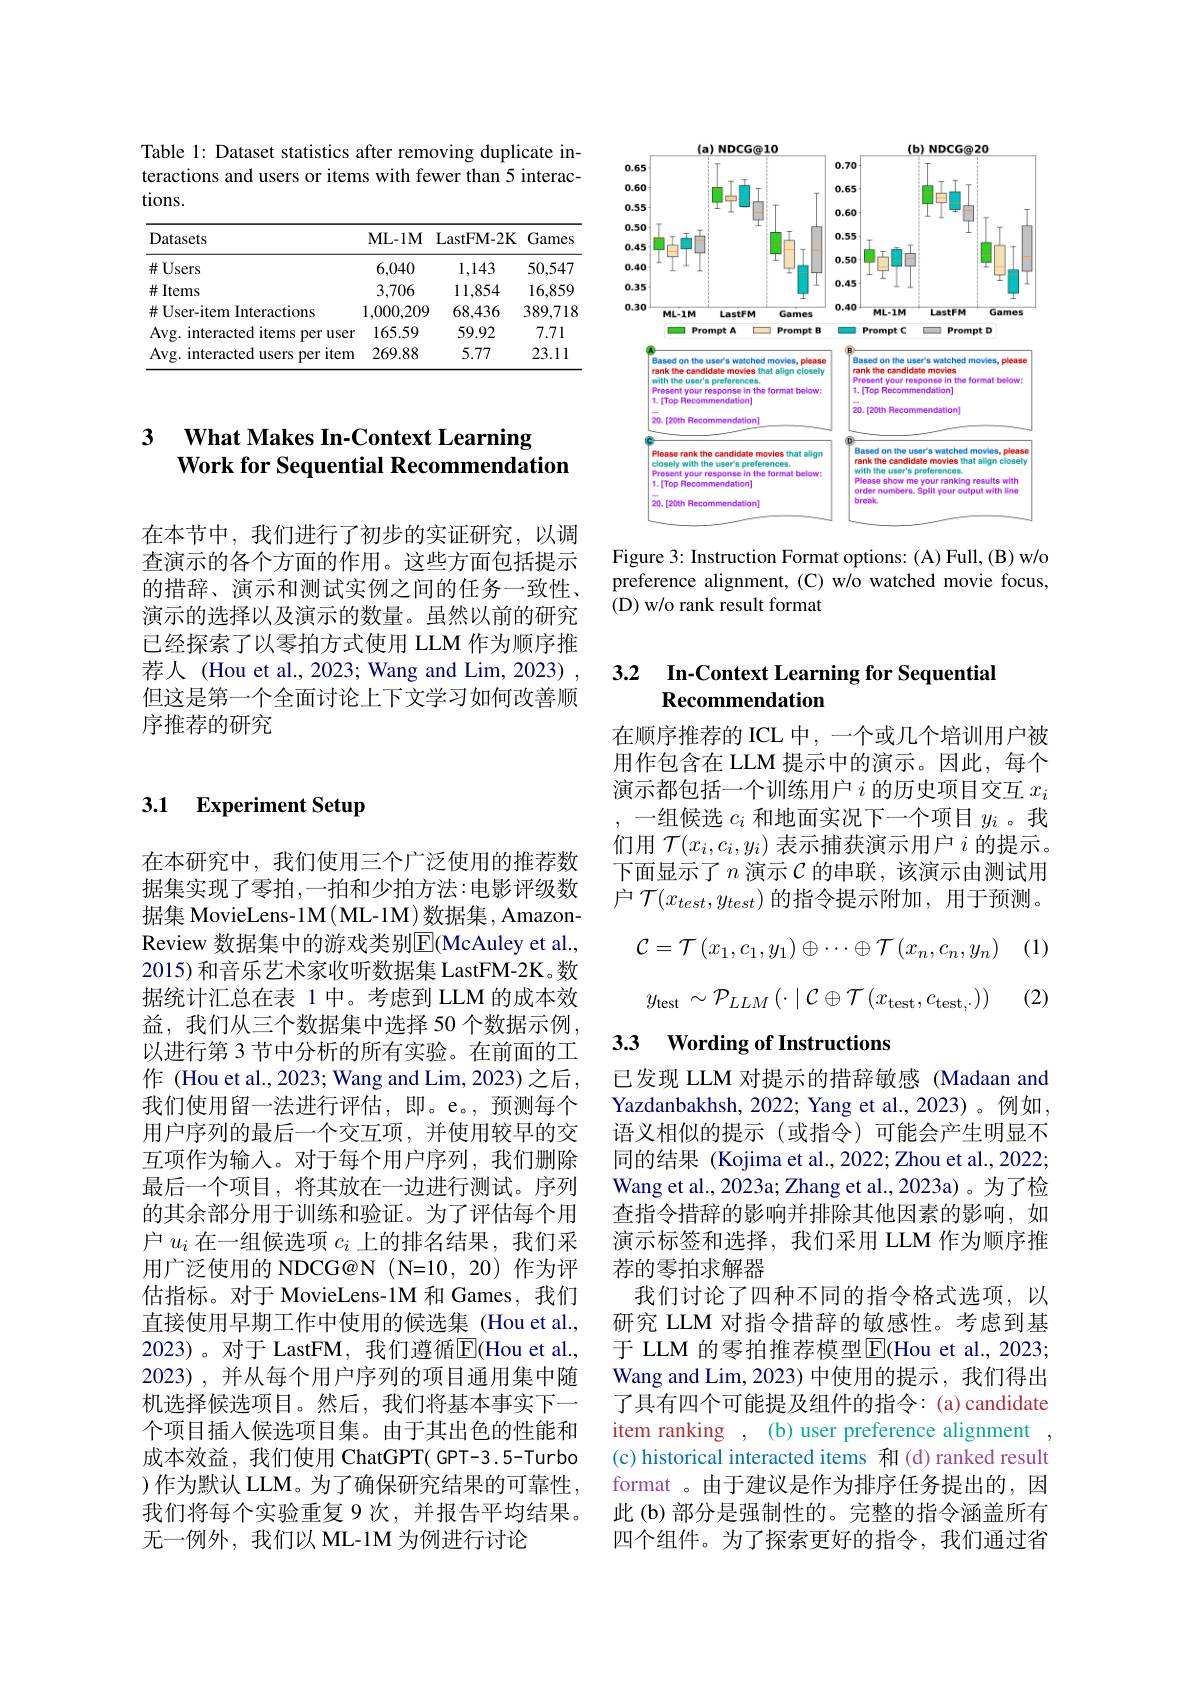
Table 1: Dataset statistics after removing duplicate interactions and users or items with fewer than 5 interactions.

<table>
	<tbody>
		<tr>
			<th>Datasets</th>
			<th>ML- 1M</th>
			<th>LastFM- 2K</th>
			<th>Games 1</th>
		</tr>
		<tr>
			<td>$\#U$sers</td>
			<td>6,040</td>
			<td>1,143</td>
			<td>50,547</td>
		</tr>
		<tr>
			<td>$\#$Items</td>
			<td>3,706</td>
			<td>11,854</td>
			<td>16,859</td>
		</tr>
		<tr>
			<td>$\#$ User-item Interactions</td>
			<td>1,000,209</td>
			<td>68,436</td>
			<td>389,718</td>
		</tr>
		<tr>
			<td>Avg. interacted items per user</td>
			<td>165.59</td>
			<td>59.92</td>
			<td>7.71</td>
		</tr>
		<tr>
			<td>Avg. interacted users per item</td>
			<td>269.88</td>
			<td>5.77</td>
			<td>23.11</td>
		</tr>
	</tbody>
</table>

### 3 $\textbf{What Makes In- Context Learning}$ Work for Sequential Recommendation

在本节中，我们进行了初步的实证研究，以调查演示的各个方面的作用。这些方面包括提示的措辞、演示和测试实例之间的任务一致性、 演示的选择以及演示的数量。虽然以前的研究已经探索了以零拍方式使用 LLM 作为顺序推荐人 (Hou et al., 2023; Wang and Lim, 2023) , 但这是第一个全面讨论上下文学习如何改善顺序推荐的研究

### 3.1 Experiment Setup

在本研究中，我们使用三个广泛使用的推荐数据集实现了零拍，一拍和少拍方法：电影评级数据集 MovieLens-1$\mathbf{M}(\mathbf{ML-1M})$数据集 , AmazonReview 数据集中的游戏类别E(McAuley et al., 2015) 和音乐艺术家收听数据集 LastFM-2K。数据统计汇总在表 1 中。考虑到 LLM 的成本效益，我们从三个数据集中选择 50 个数据示例以进行第 3 节中分析的所有实验。在前面的工作 (Hou et al., 2023; Wang and Lim, 2023) 之后我们使用留一法进行评估，即。e。,预测每个用户序列的最后一个交互项，并使用较早的交互项作为输入。对于每个用户序列，我们删除最后一个项目，将其放在一边进行测试。序列的其余部分用于训练和验证。为了评估每个用户$u_i$在一组候选项$c_i$上的排名结果，我们采用广泛使用的 NDCG@N (N=10,20)作为评估指标。对于 MovieLens-1M 和 Games, 我们直接使用早期工作中使用的候选集 (Hou et al., 2023)。对于 LastFM, 我们遵循$\overline{\mathrm{E}}($Hou et al., 2023),并从每个用户序列的项目通用集中随机选择候选项目。然后，我们将基本事实下一个项目插入候选项目集。由于其出色的性能和成本效益，我们使用 ChatGPT( GPT-3.5-Turbo )作为默认 LLM。为了确保研究结果的可靠性， 我们将每个实验重复 9 次，并报告平均结果。无一例外，我们以 ML-1M 为例进行讨论

<FigureHere>

Figure 3: Instruction Format options: (A) Full, (B) w/o preference alignment, (C) w/o watched movie focus, (D) w/o rank result format

### 3.2 $\textbf{In- Context Learning for Sequential}$ Recommendation

在顺序推荐的 ICL 中，一个或几个培训用户被用作包含在 LLM 提示中的演示。因此，每个演示都包括一个训练用户$i$的历史项目交互$x_i$
一组候选$c_i$和地面实况下一个项目$y_i$ 。我们用$\mathcal{T}(x_i,c_i,y_i)$表示捕获演示用户$i$的提示。下面显示了$n$演示$\mathcal{C}$的串联，该演示由测试用户$\mathcal{T}(x_{test},y_{test})$的指令提示附加，用于预测。

(1)
$$\mathcal{C}=\mathcal{T}\left(x_1,c_1,y_1\right)\oplus\cdots\oplus\mathcal{T}\left(x_n,c_n,y_n\right)$$
$$y_{\mathrm{test}}\sim\mathcal{P}_{LLM}\left(\cdot\mid\mathcal{C}\oplus\mathcal{T}\left(x_{\mathrm{test}},c_{\mathrm{test},\cdot}\right)\right)$$
(2)

### 3.3 $\textbf{Wording of Instructions}$

已发现 LLM 对提示的措辞敏感 (Madaan and Yazdanbakhsh, 2022; Yang et al., 2023)。例如， 语义相似的提示(或指令)可能会产生明显不同的结果 (Kojima et al., 2022; Zhou et al., 2022; Wang et al., 2023a; Zhang et al., 2023a) 。为了检查指令措辞的影响并排除其他因素的影响，如演示标签和选择，我们采用 LLM 作为顺序推荐的零拍求解器
我们讨论了四种不同的指令格式选项，以研究 LLM 对指令措辞的敏感性。考虑到基于 LLM 的零拍推荐模型$\overline{\mathrm{E}}($Hou et al., 2023; Wang and Lim, 2023) 中使用的提示 ,我们得出了具有四个可能提及组件的指令：(a)candidate item ranking , ( b) user preference alignment (c) historical interacted items 和 (d)ranked result format 。由于建议是作为排序任务提出的，因此(b)部分是强制性的。完整的指令涵盖所有四个组件。为了探索更好的指令，我们通过省